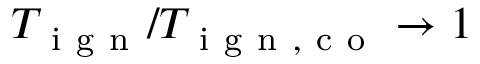
T _ { \mathrm { ~ i ~ g ~ n ~ } } / T _ { \mathrm { ~ i ~ g ~ n ~ , ~ c ~ o ~ } } \rightarrow 1